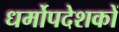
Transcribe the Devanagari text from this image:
धर्मोपदेशकों